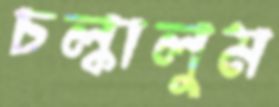
চল্‌কালুম